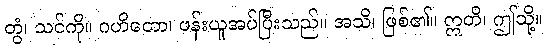
တွံ၊ သင်ကို။ ဂဟိတော၊ ဖန်းယူအပ်ပြီးသည်။ အသိ၊ ဖြစ်၏။ ဣတိ၊ ဤသို့။